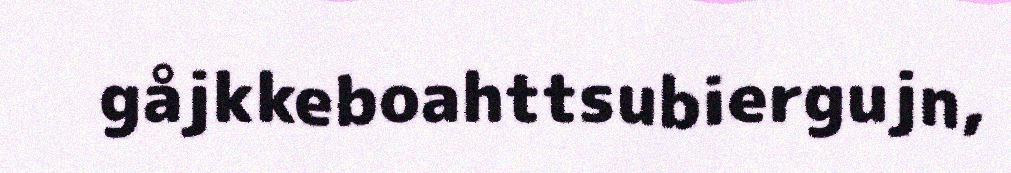
gåjkkeboahttsubiergujn,